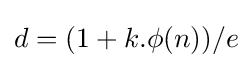
d=(1+k.\phi (n))/e